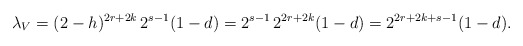
\begin{align*}\lambda_V = (2-h)^{2r+2k}\,2^{s-1}(1-d) = 2^{s-1}\,2^{2r + 2k}(1-d) = 2^{2r + 2k + s -1}(1-d).\end{align*}